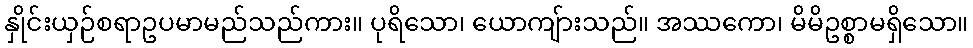
နှိုင်းယှဉ်စရာဥပမာမည်သည်ကား။ ပုရိသော၊ ယောကျ်ားသည်။ အဿကော၊ မိမိဥစ္စာမရှိသော။